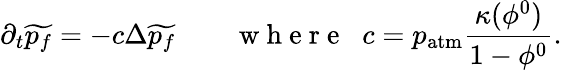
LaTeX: \partial_{t}\widetilde{p_{f}}=-c\Delta\widetilde{p_{f}}\qquad\mathrm{~w~h~e~r~e~}\; \; c=p_{\mathrm{atm}}\frac{\kappa(\phi^{0})}{1-\phi^{0}}.